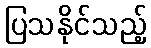
ပြသနိုင်သည့်